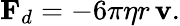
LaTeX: \mathbf{F}_{d}=-6\pi\eta r\, \mathbf{v}.